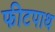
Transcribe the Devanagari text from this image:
फीटपाथ